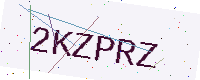
Text: 2KZPRZ